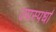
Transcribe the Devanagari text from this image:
उपस्पर्धा